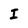
Character: I